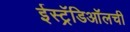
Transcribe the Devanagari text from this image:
ईस्ट्रॅडिऑलची